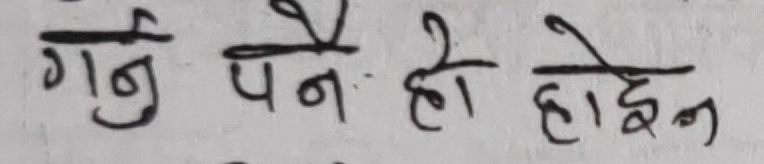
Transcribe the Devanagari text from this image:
गर्नु पर्ने हो होइन